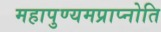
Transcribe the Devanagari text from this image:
महापुण्यमप्राप्नोति